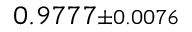
0 . 9 7 7 7 { \scriptstyle \pm 0 . 0 0 7 6 }